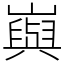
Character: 㠘